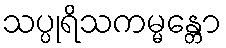
သပ္ပုရိသကမ္မန္တော